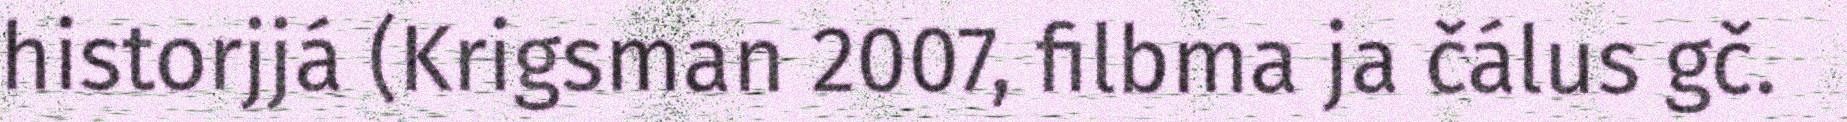
historjjá (Krigsman 2007, filbma ja čálus gč.